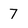
Character: 7